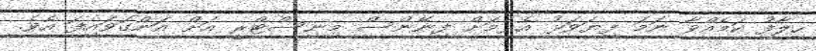
ހިލާފު ކަމެއްވާ ނަމަ ފިޔަވަޅު އެޅުމަށް ފިނޭންސް މިނިސްޓްރީ އަށް އަންގަވައިފަ އެވެ.